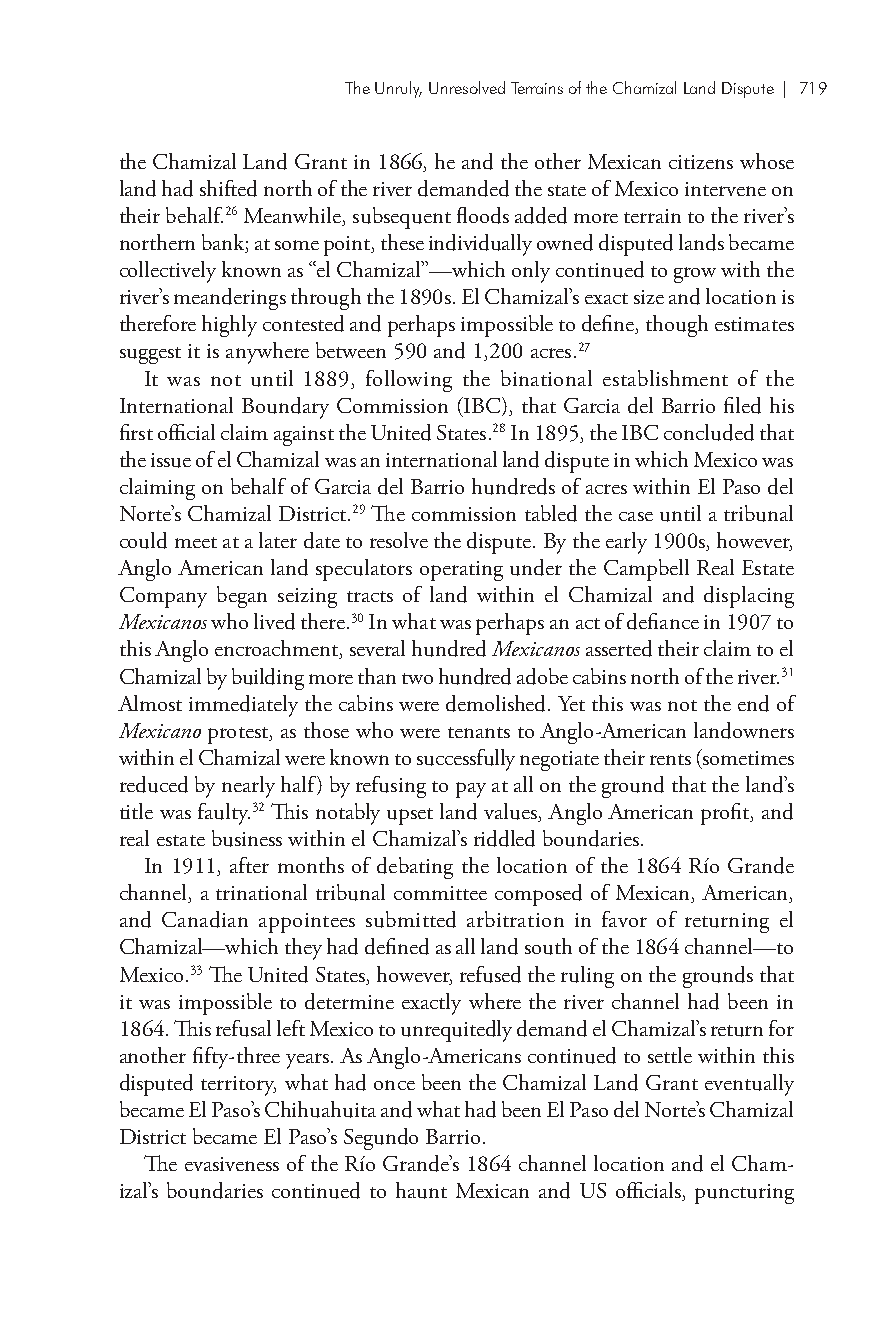
The Unruly, Unresolved Terrains of the Chamizal Land Dispute| 719
 the Chamizal Land Grant in 1866, he and the other Mexican citizens whose
 land had shifted north of the river demanded the state of Mexico intervene on
 their behalf.26 Meanwhile, subsequent floods added more terrain to the river’s
 northern bank; at some point, these individually owned disputed lands became
 collectively known as “el Chamizal”—which only continued to grow with the
 river’s meanderings through the 1890s. El Chamizal’s exact size and location is
 therefore highly contested and perhaps impossible to define, though estimates
 suggest it is anywhere between 590 and 1,200 acres.27
 It was not until 1889, following the binational establishment of the
 International Boundary Commission (IBC), that Garcia del Barrio filed his
 first official claim against the United States.28 In 1895, the IBC concluded that
 the issue of el Chamizal was an international land dispute in which Mexico was
 claiming on behalf of Garcia del Barrio hundreds of acres within El Paso del
 Norte’s Chamizal District.29 The commission tabled the case until a tribunal
 could meet at a later date to resolve the dispute. By the early 1900s, however,
 Anglo American land speculators operating under the Campbell Real Estate
 Company began seizing tracts of land within el Chamizal and displacing
 Mexicanos who lived there.30 In what was perhaps an act of defiance in 1907 to
 this Anglo encroachment, several hundred Mexicanos asserted their claim to el
 Chamizal by building more than two hundred adobe cabins north of the river.31
 Almost immediately the cabins were demolished. Yet this was not the end of
 Mexicano protest, as those who were tenants to Anglo-American landowners
 within el Chamizal were known to successfully negotiate their rents (sometimes
 reduced by nearly half) by refusing to pay at all on the ground that the land’s
 title was faulty.32 This notably upset land values, Anglo American profit, and
 real estate business within el Chamizal’s riddled boundaries.
 In 1911, after months of debating the location of the 1864 Río Grande
 channel, a trinational tribunal committee composed of Mexican, American,
 and Canadian appointees submitted arbitration in favor of returning el
 Chamizal—which they had defined as all land south of the 1864 channel—to
 Mexico.33 The United States, however, refused the ruling on the grounds that
 it was impossible to determine exactly where the river channel had been in
 1864. This refusal left Mexico to unrequitedly demand el Chamizal’s return for
 another fifty-three years. As Anglo-Americans continued to settle within this
 disputed territory, what had once been the Chamizal Land Grant eventually
 became El Paso’s Chihuahuita and what had been El Paso del Norte’s Chamizal
 District became El Paso’s Segundo Barrio.
 The evasiveness of the Río Grande’s 1864 channel location and el Cham-
 izal’s boundaries continued to haunt Mexican and US officials, puncturing